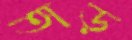
তাড়